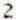
2